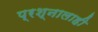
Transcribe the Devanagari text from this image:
प्रश्नालाही